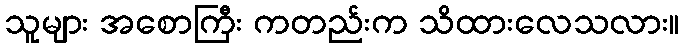
သူများ အစောကြီး ကတည်းက သိထားလေသလား။